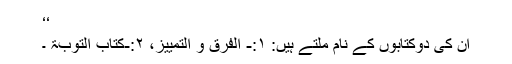
‘‘
ان کی دوکتابوں کے نام ملتے ہیں: ۱:- الفرق و التمییز، ۲:-کتاب التوبۃ ۔